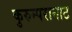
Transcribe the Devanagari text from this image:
कुरुम्परानाट